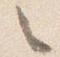
々